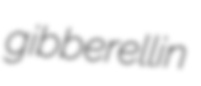
gibberellin